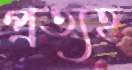
প্রত্যহ